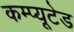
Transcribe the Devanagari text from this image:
कम्प्यूटेड